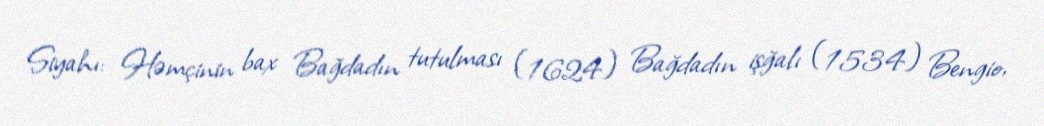
Siyahı: Həmçinin bax Bağdadın tutulması (1624) Bağdadın işğalı (1534) Bengio,